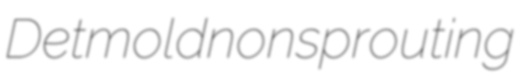
Detmold nonsprouting